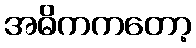
အဓိကကတော့